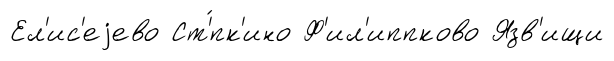
Ел'ис'еjево Ст'́пк'ино Ф'ил'иппково Язв'ищи